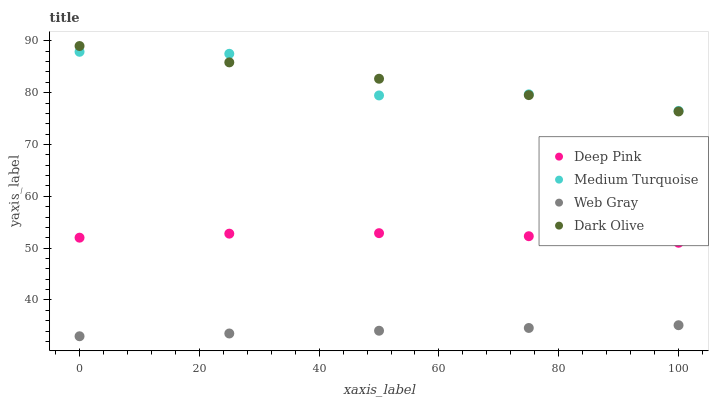
| xaxis_label | Deep Pink | Medium Turquoise | Web Gray | Dark Olive |
 | --- | --- | --- | --- | --- |
 | 0 | 52 | 87.9 | 33 | 89 |
 | 25 | 52.8 | 87.5 | 33.5 | 85.8 |
 | 50 | 52.9 | 79.5 | 34.1 | 82.7 |
 | 75 | 52.3 | 79.7 | 34.6 | 79.5 |
 | 100 | 51 | 76.5 | 35.1 | 76.4 |